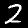
Digit: 2